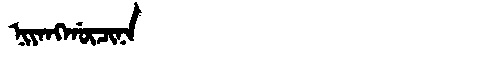
Manchu: ᠨᡳᠶᠠᠩᡤᡡᠴᡳᠨᠠ
Romanization: NIYANGGŪCINA